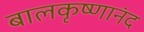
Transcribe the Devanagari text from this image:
बालकृष्णानंद